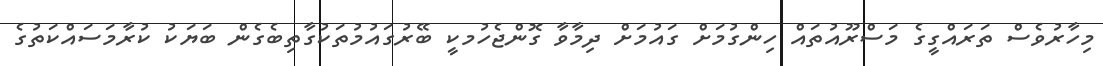
މިހާރުވެސް ތަރައްގީގެ މަސްރޫއުތައް ހިންގުމަށް ގައުމަށް ދިމާވާ ގޮންޖެހުމކީ ބޭރުގައުމުތަކުގާތިބެގެން ބަޔަކު ކުރާމަސައްކަތުގެ